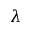
\lambda